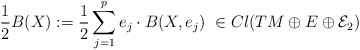
\begin{align*}\frac{1}{2}B(X):=\frac{1}{2}\sum_{j=1}^pe_j\cdot B(X,e_j)\ \in Cl(TM\oplus E\oplus \mathcal{E}_2)\end{align*}